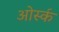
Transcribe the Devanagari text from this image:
ओर्स्क